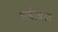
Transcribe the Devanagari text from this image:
हन्नीबल